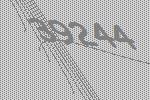
39244